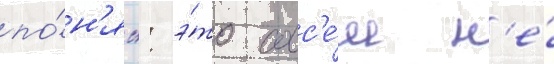
по́н'ял: э́то совс'е́м н'е́